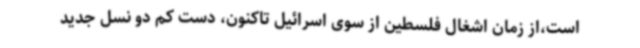
است،از زمان اشغال فلسطین از سوی اسرائیل تاکنون، دست کم دو نسل جدید